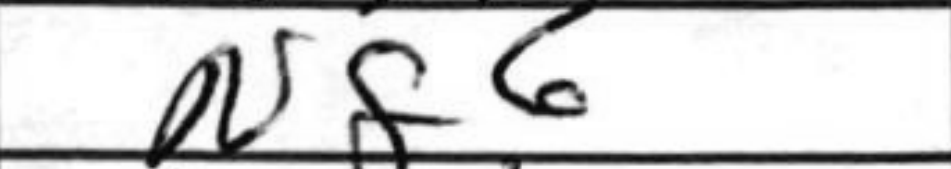
Transcription: Nf6